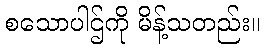
စသောပါဌ်ကို မိန့်သတည်း။